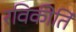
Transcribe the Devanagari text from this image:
रविकीर्ति